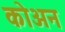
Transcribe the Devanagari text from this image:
कोअन